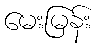
မေးမြန်း